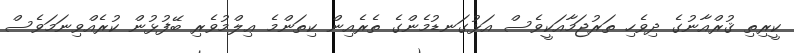
ކީރިތި ޤުރްއާނުގެ ދިވެހި ތަރުޖަމާއަކީވެސް އަޅުގަނޑުމެންގެ ތެރެއިން ކިތަންމެ ޢިލްމުވެރި ބޭފުޅުން ކުރެއްވިނަމަވެސް